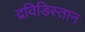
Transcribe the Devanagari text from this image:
द्रविडिस्तान